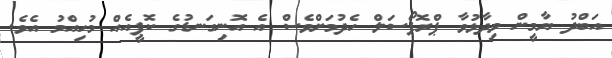
އަބްދު ޔާމީން ވިދާޅުވާ ޕްރޮޕޯސަލް ހެދުމަށްވެސް އެ އޮނިގަނޑުގެ ކޮޕީއެއް މުހިއްމު އެވެ.